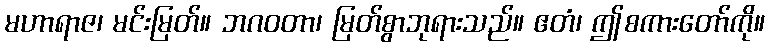
မဟာရာဇ၊ မင်းမြတ်။ ဘဂဝတာ၊ မြတ်စွာဘုရားသည်။ ဧတံ၊ ဤစကားတော်ကို။